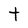
Character: t